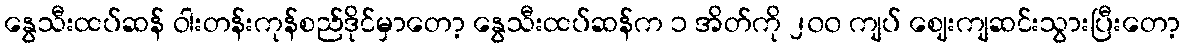
နွေသီးထပ်ဆန် ဝါးတန်းကုန်စည်ဒိုင်မှာတော့ နွေသီးထပ်ဆန်က ၁ အိတ်ကို ၂၀၀ ကျပ် ဈေးကျဆင်းသွားပြီးတော့